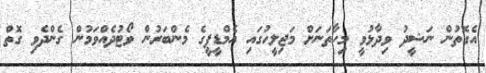
އެގޮތުން ނަޝީދު ވިދާޅުވީ މިހާތަނަށް މަޖިލީހުގައި އެމްޑީޕީގެ މެންބަރުން ވޯޓުދެއްވަމުން ގެންދެވި ގޮތް